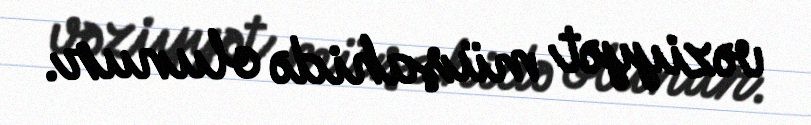
vəziyyət müşahidə olunur.